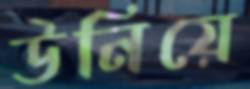
উনিয়ে